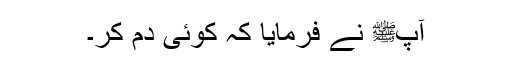
آپﷺ نے فرمایا کہ کوئی دم کر۔